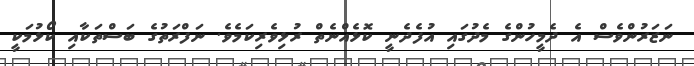
ނަޒަރުންވެސް އެ ދެމީހުންގެ މެދުގައި އުފެދެނީ ކޮޅެއްނެތް ރުޅިވެރިކަމެވެ. ނަފްރަތުގެ ބަސްތަކާއި ކޯޅުމަކީ